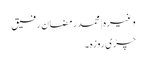
وغیرہ | محمد رمضان رفیق
چڑی روزہ ۔